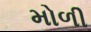
મોળી